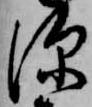
深